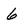
Character: 6